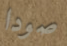
صودا